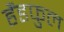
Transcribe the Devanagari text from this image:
हैंडफुल